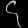
Digit: ၄